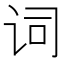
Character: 词